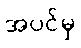
အပင်မှ